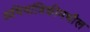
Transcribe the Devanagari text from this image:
अभियांत्रिकीमधील